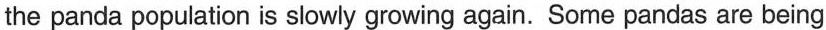
the panda population is slowly growing again. Some pandas are being